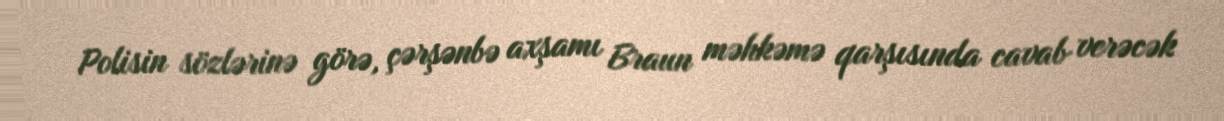
Polisin sözlərinə görə, çərşənbə axşamı Braun məhkəmə qarşısında cavab verəcək